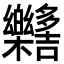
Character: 𣡳